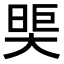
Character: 𪥖